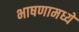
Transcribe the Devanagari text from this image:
भाषणामध्ये